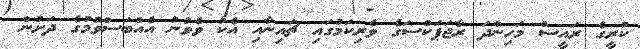
ކުރީގެ ރައީސް މަހިންދަ ރާޖަޕަކްސަގެ ވެރިކަމުގައި ޗައިނާއި އެކު ވެވުނު އެއްބަސްވުމުގެ ދަށުން